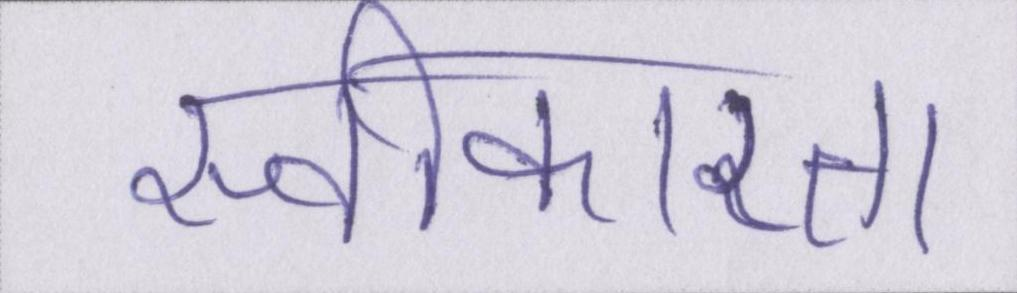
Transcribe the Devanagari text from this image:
स्वीकारता